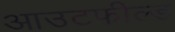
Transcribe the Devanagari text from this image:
आउटफील्‍ड